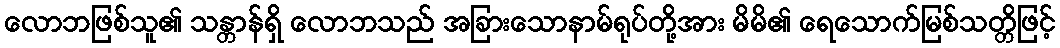
လောဘဖြစ်သူ၏ သန္တာန်ရှိ လောဘသည် အခြားသောနာမ်ရုပ်တို့အား မိမိ၏ ရေသောက်မြစ်သတ္တိဖြင့်